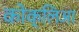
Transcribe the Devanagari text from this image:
कोक्लिआ